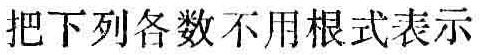
把下列各数不用根式表示